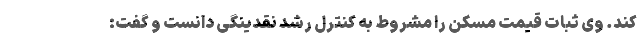
کند. وی ثبات قیمت مسکن را مشروط به کنترل رشد نقدینگی دانست و گفت: